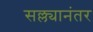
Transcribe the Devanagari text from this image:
सल्ल्यानंतर